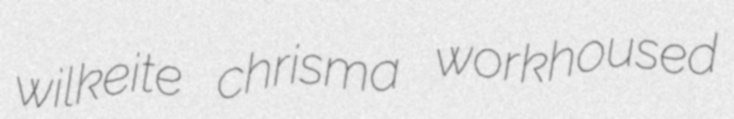
wilkeite chrisma workhoused